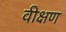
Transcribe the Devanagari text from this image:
वीक्षण